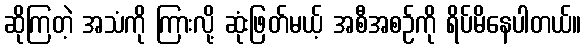
ဆိုကြတဲ့ အသံကို ကြားလို့ ဆုံးဖြတ်မယ့် အစီအစဉ်ကို ရိပ်မိနေပါတယ်။